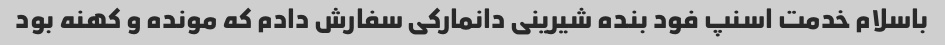
باسلام خدمت اسنپ فود بنده شیرینی دانمارکی سفارش دادم که مونده و کهنه بود